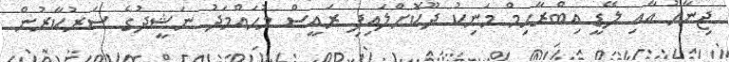
ޖިނާހު އާއި ލޭޑީ އިބްރާހިމް މަނިކު ދޫކޮށްލައިފި ރައީސް މުހައްމަދު ނަޝީދުގެ ސަރުކާރުން